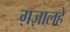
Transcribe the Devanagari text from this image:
ग़ज़ालहे